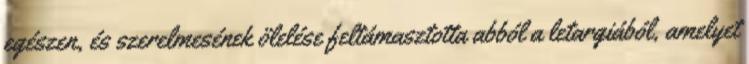
egészen, és szerelmesének ölelése feltámasztotta abból a letargiából, amelyet